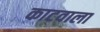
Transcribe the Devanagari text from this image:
काटवाला